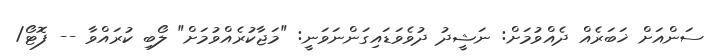
ސަންއަށް ޚަބަރެއް ދެއްވުމަށް: ނަޝީދު ދުވެވަޑައިގަންނަވަނީ: "މަޖާކުރެއްވުމަށް" ލޯބި ކުރައްވާ -- ފޮޓޯ/